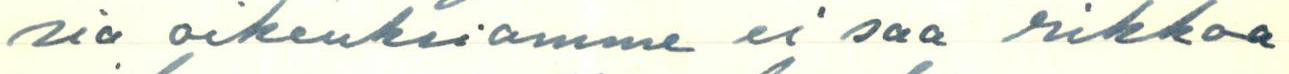
sia oikeuksiamme ei saa rikkoa